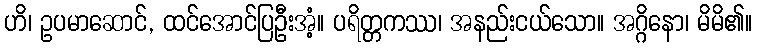
ဟိ၊ ဥပမာဆောင်, ထင်အောင်ပြဦးအံ့။ ပရိတ္တကဿ၊ အနည်းငယ်သော။ အဂ္ဂိနော၊ မိမိ၏။